Trukikaitis_Postimees, lk 76
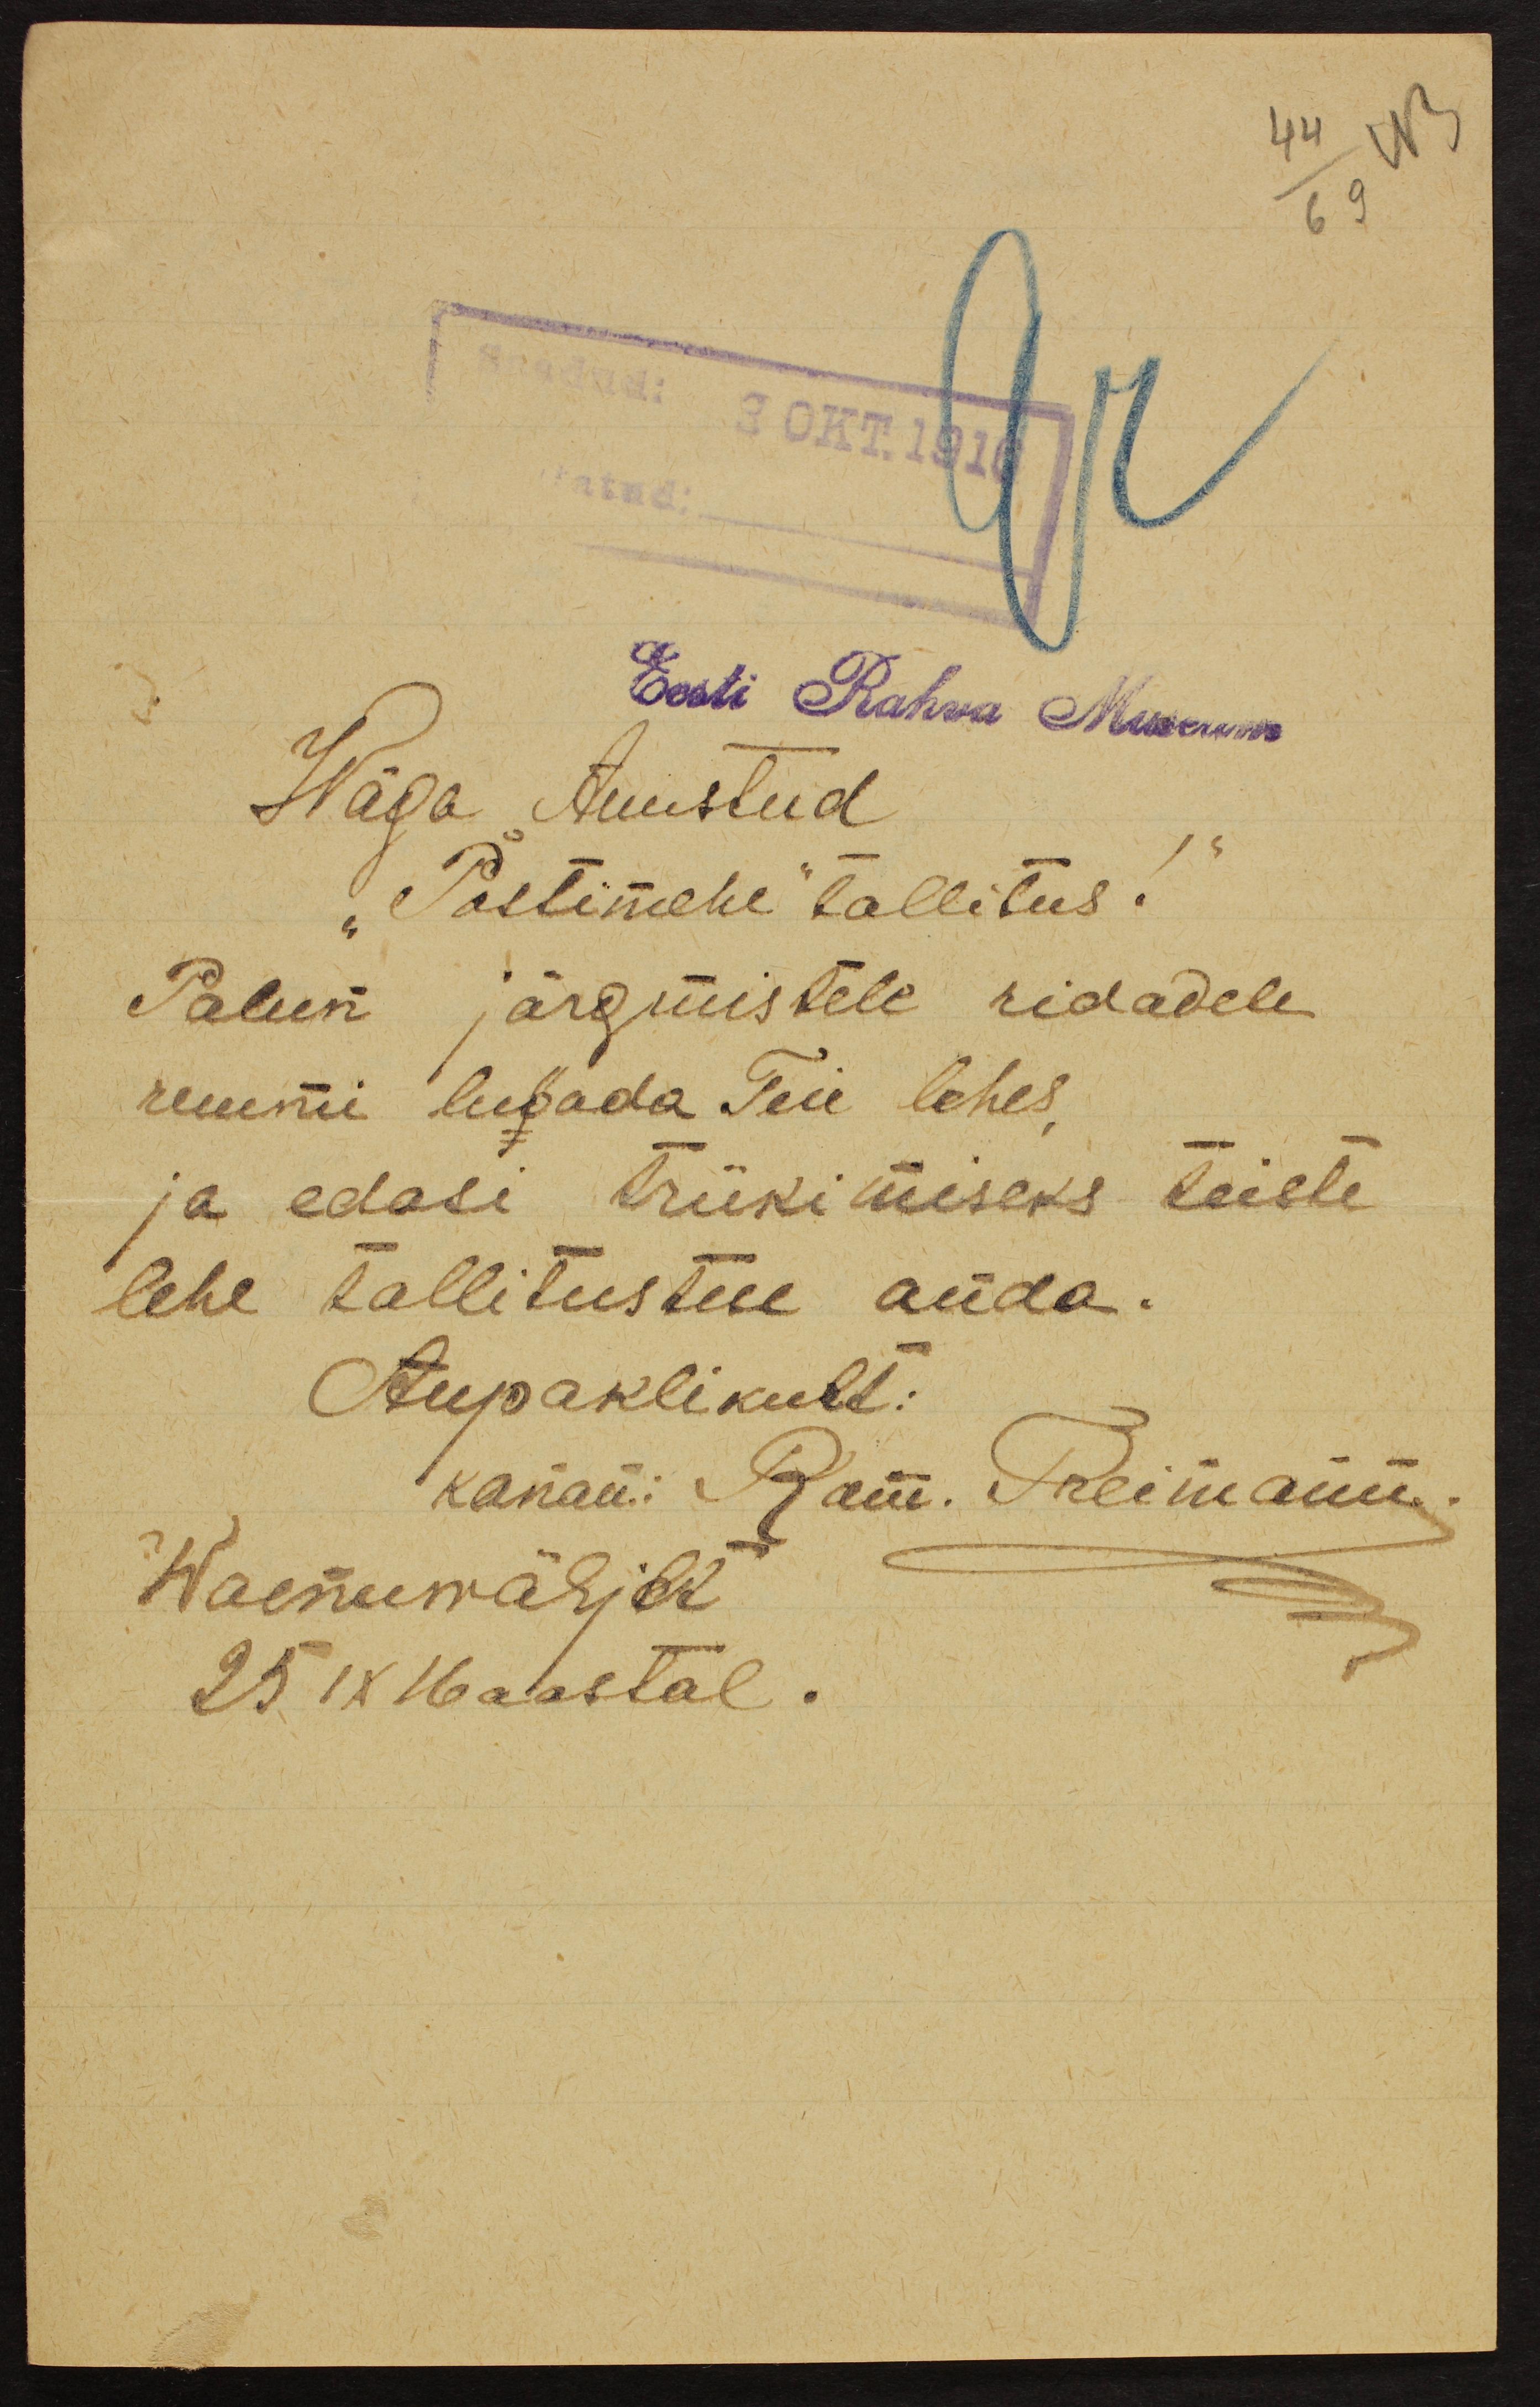
44 43
69
Saadud: 3 OKT. 1916
atud:
Wäga Auustud
Eest Rahva Museum
"Postimehe" tallitus!"
Palun järgmistele ridadele
ruumi lubada Teie lehes,
ja edasi trükimiseks teiste
lehe tallitustuse anda.
Aupaklikult:
kanan: Ram. Preimann.
Waenuwälja
25 IX 16 aastal.